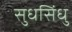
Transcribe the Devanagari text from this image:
सुधसिंधु